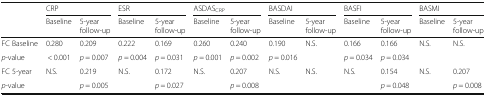
| <ROWSPAN=2>  | <COLSPAN=2> CRP | <COLSPAN=2> ESR | <COLSPAN=2> ASDASCRP | <COLSPAN=2> BASDAI | <COLSPAN=2> BASFI | <COLSPAN=2> BASMI |
 | Baseline | 5-year follow-up | Baseline | 5-year follow-up | Baseline | 5-year follow-up | Baseline | 5-year follow-up | Baseline | 5-year follow-up | Baseline | 5-year follow-up |
 | --- | --- | --- | --- | --- | --- | --- | --- | --- | --- | --- | --- | --- |
 | FC Baseli﻿ne | 0.280 | 0.209 | 0.222 | 0.169 | 0.260 | 0.240 | 0.190 | <ROWSPAN=2> N.S. | 0.166 | 0.166 | <ROWSPAN=2> N.S. | <ROWSPAN=2> N.S. |
 | p-value | < 0.001 | p = 0.007 | p = 0.004 | p = 0.031 | p = 0.001 | p = 0.002 | p = 0.016 | p = 0.034 | p = 0.034 |
 | FC 5﻿-year | <ROWSPAN=2> N.S. | 0.219 | <ROWSPAN=2> N.S. | 0.172 | <ROWSPAN=2> N.S. | 0.207 | <ROWSPAN=2> N.S. | <ROWSPAN=2> N.S. | <ROWSPAN=2> N.S. | 0.154 | <ROWSPAN=2> N.S. | 0.207 |
 | p-value | p = 0.005 | p = 0.027 | p = 0.008 | p = 0.048 | p = 0.008 |